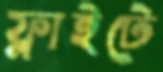
ফ্লাইটে